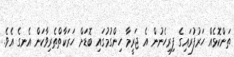
ތަންކޮޅެއް ހަރުފުރައިގެ ފިރިހެނުން އެ ޖަރީމާ ހިންގުމުގައި ބޮޑަށް ހަރަކާތްތެރިވާކަން އެނގެ އެވެ.